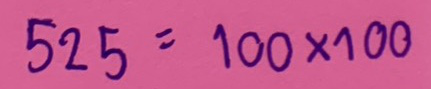
525 = 100x100